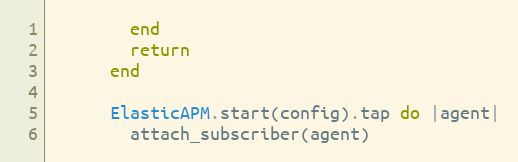
Language: Ruby
        end
        return
      end

      ElasticAPM.start(config).tap do |agent|
        attach_subscriber(agent)